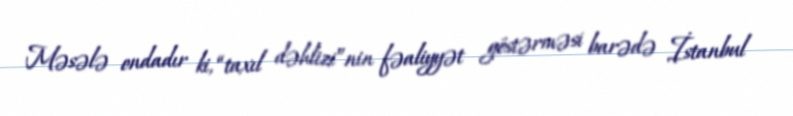
Məsələ ondadır ki, “taxıl dəhlizi”nin fəaliyyət göstərməsi barədə İstanbul